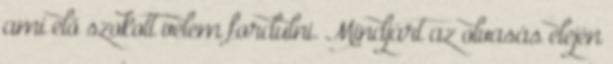
ami elő szokott velem fordulni. Mindjárt az olvasás elején